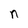
Character: n